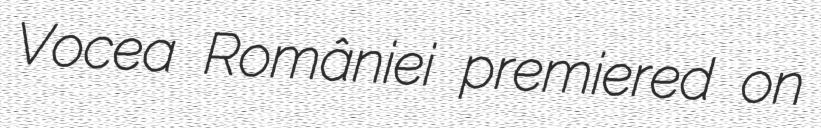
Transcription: Vocea României premiered on